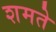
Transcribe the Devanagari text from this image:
शमते